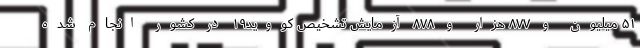
۵۱ میلیون و ۸۷۷ هزار و ۸۷۸ آزمایش تشخیص کووید۱۹ در کشور انجام شده